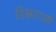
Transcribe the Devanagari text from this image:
डिस्राएली